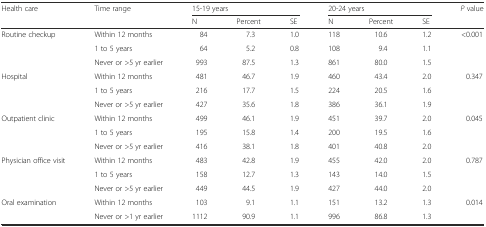
<table><thead><tr><td rowspan="2"><b>Health care</b></td><td rowspan="2"><b>Time range</b></td><td colspan="3"><b>15-19 years</b></td><td colspan="3"><b>20-24 years</b></td><td rowspan="2"><b><i>P</i> value</b></td></tr><tr><td><b>N</b></td><td><b>Percent</b></td><td><b>SE</b></td><td><b>N</b></td><td><b>Percent</b></td><td><b>SE</b></td></tr></thead><tbody><tr><td rowspan="3">Routine checkup</td><td>Within 12 months</td><td>84</td><td>7.3</td><td>1.0</td><td>118</td><td>10.6</td><td>1.2</td><td rowspan="3">&lt;0.001</td></tr><tr><td>1 to 5 years</td><td>64</td><td>5.2</td><td>0.8</td><td>108</td><td>9.4</td><td>1.1</td></tr><tr><td>Never or &gt;5 yr earlier</td><td>993</td><td>87.5</td><td>1.3</td><td>861</td><td>80.0</td><td>1.5</td></tr><tr><td rowspan="3">Hospital</td><td>Within 12 months</td><td>481</td><td>46.7</td><td>1.9</td><td>460</td><td>43.4</td><td>2.0</td><td rowspan="3">0.347</td></tr><tr><td>1 to 5 years</td><td>216</td><td>17.7</td><td>1.5</td><td>224</td><td>20.5</td><td>1.6</td></tr><tr><td>Never or &gt;5 yr earlier</td><td>427</td><td>35.6</td><td>1.8</td><td>386</td><td>36.1</td><td>1.9</td></tr><tr><td rowspan="3">Outpatient clinic</td><td>Within 12 months</td><td>499</td><td>46.1</td><td>1.9</td><td>451</td><td>39.7</td><td>2.0</td><td rowspan="3">0.045</td></tr><tr><td>1 to 5 years</td><td>195</td><td>15.8</td><td>1.4</td><td>200</td><td>19.5</td><td>1.6</td></tr><tr><td>Never or &gt;5 yr earlier</td><td>416</td><td>38.1</td><td>1.8</td><td>401</td><td>40.8</td><td>2.0</td></tr><tr><td rowspan="3">Physician office visit</td><td>Within 12 months</td><td>483</td><td>42.8</td><td>1.9</td><td>455</td><td>42.0</td><td>2.0</td><td rowspan="3">0.787</td></tr><tr><td>1 to 5 years</td><td>158</td><td>12.7</td><td>1.3</td><td>143</td><td>14.0</td><td>1.5</td></tr><tr><td>Never or &gt;5 yr earlier</td><td>449</td><td>44.5</td><td>1.9</td><td>427</td><td>44.0</td><td>2.0</td></tr><tr><td rowspan="2">Oral examination</td><td>Within 12 months</td><td>103</td><td>9.1</td><td>1.1</td><td>151</td><td>13.2</td><td>1.3</td><td rowspan="2">0.014</td></tr><tr><td>Never or &gt;1 yr earlier</td><td>1112</td><td>90.9</td><td>1.1</td><td>996</td><td>86.8</td><td>1.3</td></tr></tbody></table>